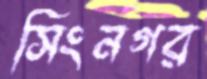
সিংনগর